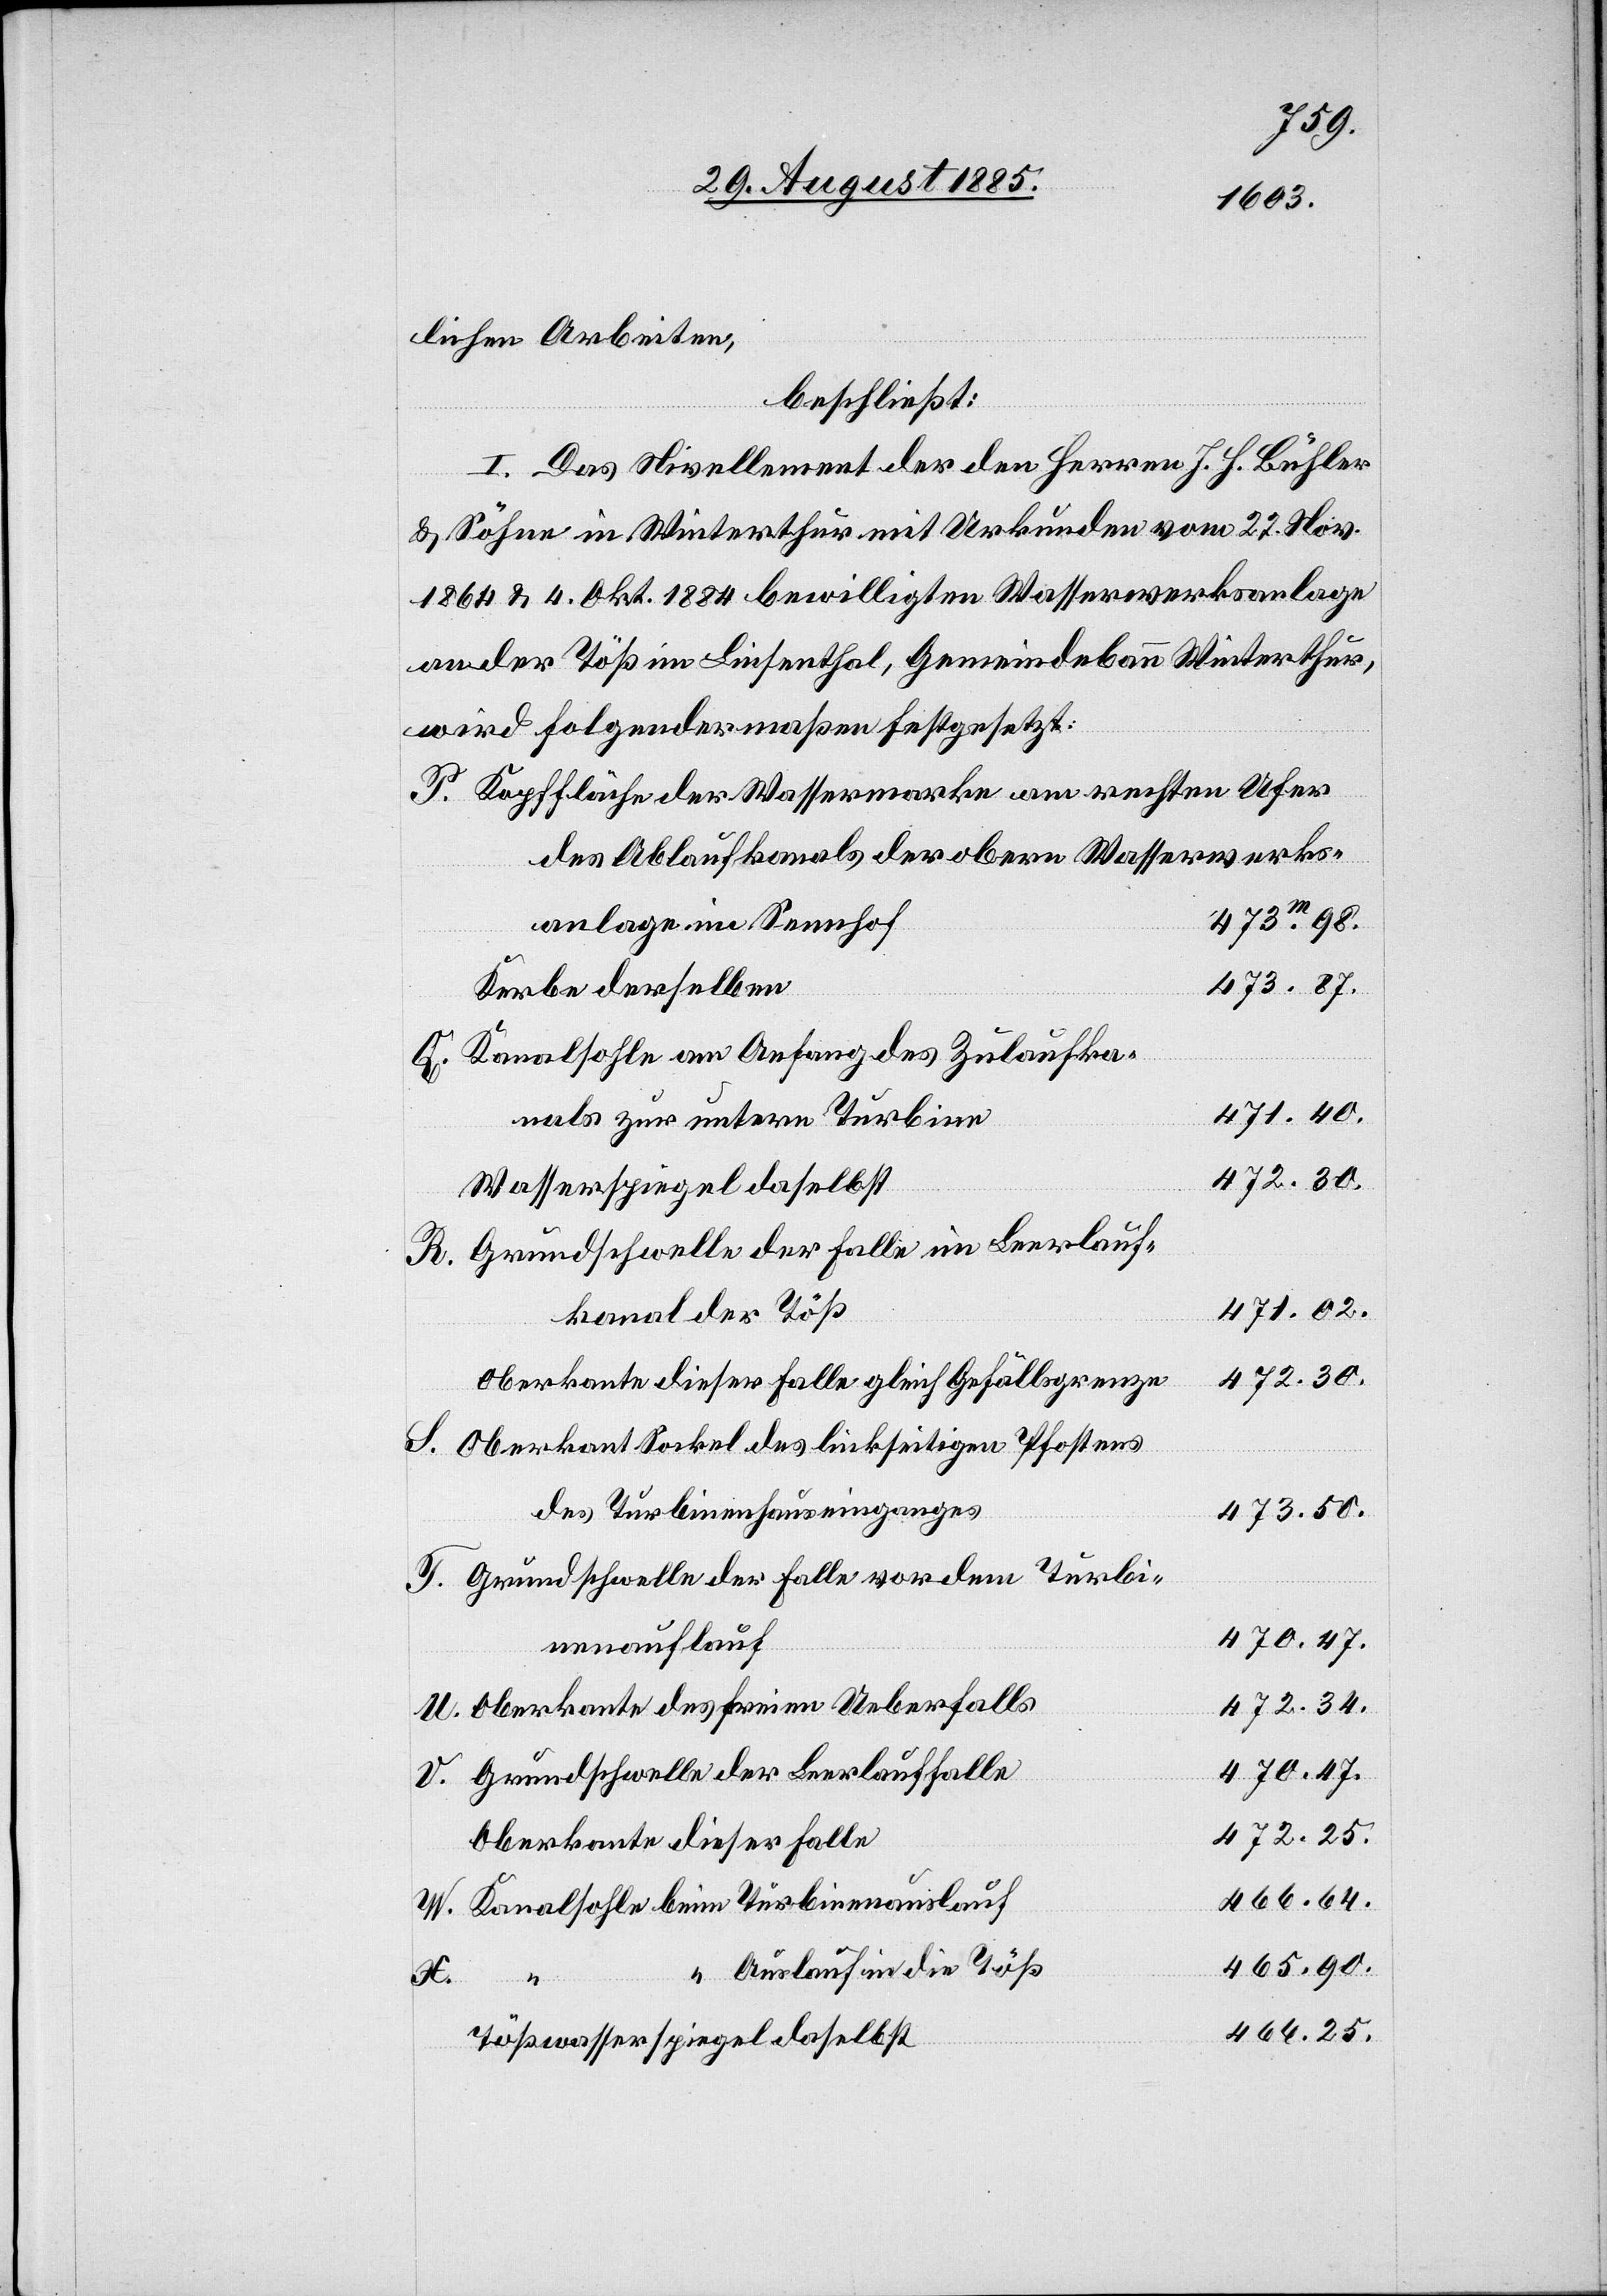
lichen Arbeiten,
beschließt:
I. Das Nivellement der den Herren J. H. Bühler
& Söhne in Winterthur mit Urkunden vom 27. Nov.
1864 & 4. Okt. 1884 bewilligten Wasserwerksanlage
an der Töß im Linsenthal, Gemeindebann Winterthur,
wird folgendermaßen festgesetzt:
Kopffläche der Wassermarke am rechten Ufer
des Ablaufkanals der obern Wasserwerks¬
anlage im Sennhof
473.m98.
473.87.
Kerbe derselben
Kanalsohle am Anfang des Zulaufka¬
471.40.
nals zur Untern Turbine
Wasserspiegel daselbst
Grundschwelle der Falle im Leerlauf¬
471.02.
kanal der Töß
472.30.
Oberkante dieser Falle gleich Gefällsgrenze
Oberkant Sockel des linkseitigen Pfostens
des Turbinenhauseinganges
473.50.
Grundschwelle der Falle vor dem Turbi¬
470.47.
nenauslauf
472.34.
Oberkante des freien Ueberfalls
Grundschwelle der Leerlauffalle
472.25.
Oberkante dieser Falle
466.64.
465.90.
Auslauf in die Töß
Turbi¬
466.25.
Tößwasserspiegel daselbst